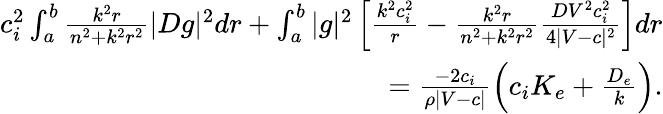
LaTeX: \begin{array}{r}{c_{i}^{2}\int_{a}^{b}\frac{k^{2}r}{n^{2}+k^{2}r^{2}}|Dg|^{2}dr+\int_{a}^{b}|g|^{2}\left[\frac{k^{2}c_{i}^{2}}{r}-\frac{k^{2}r}{n^{2}+k^{2}r^{2}}\frac{DV^{2}c_{i}^{2}}{4|V-c|^{2}}\right]dr}\\ {=\frac{-2c_{i}}{\rho|V-c|}\left(c_{i}K_{e}+\frac{D_{e}}{k}\right).}\end{array}